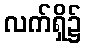
လက်ရှိ၌